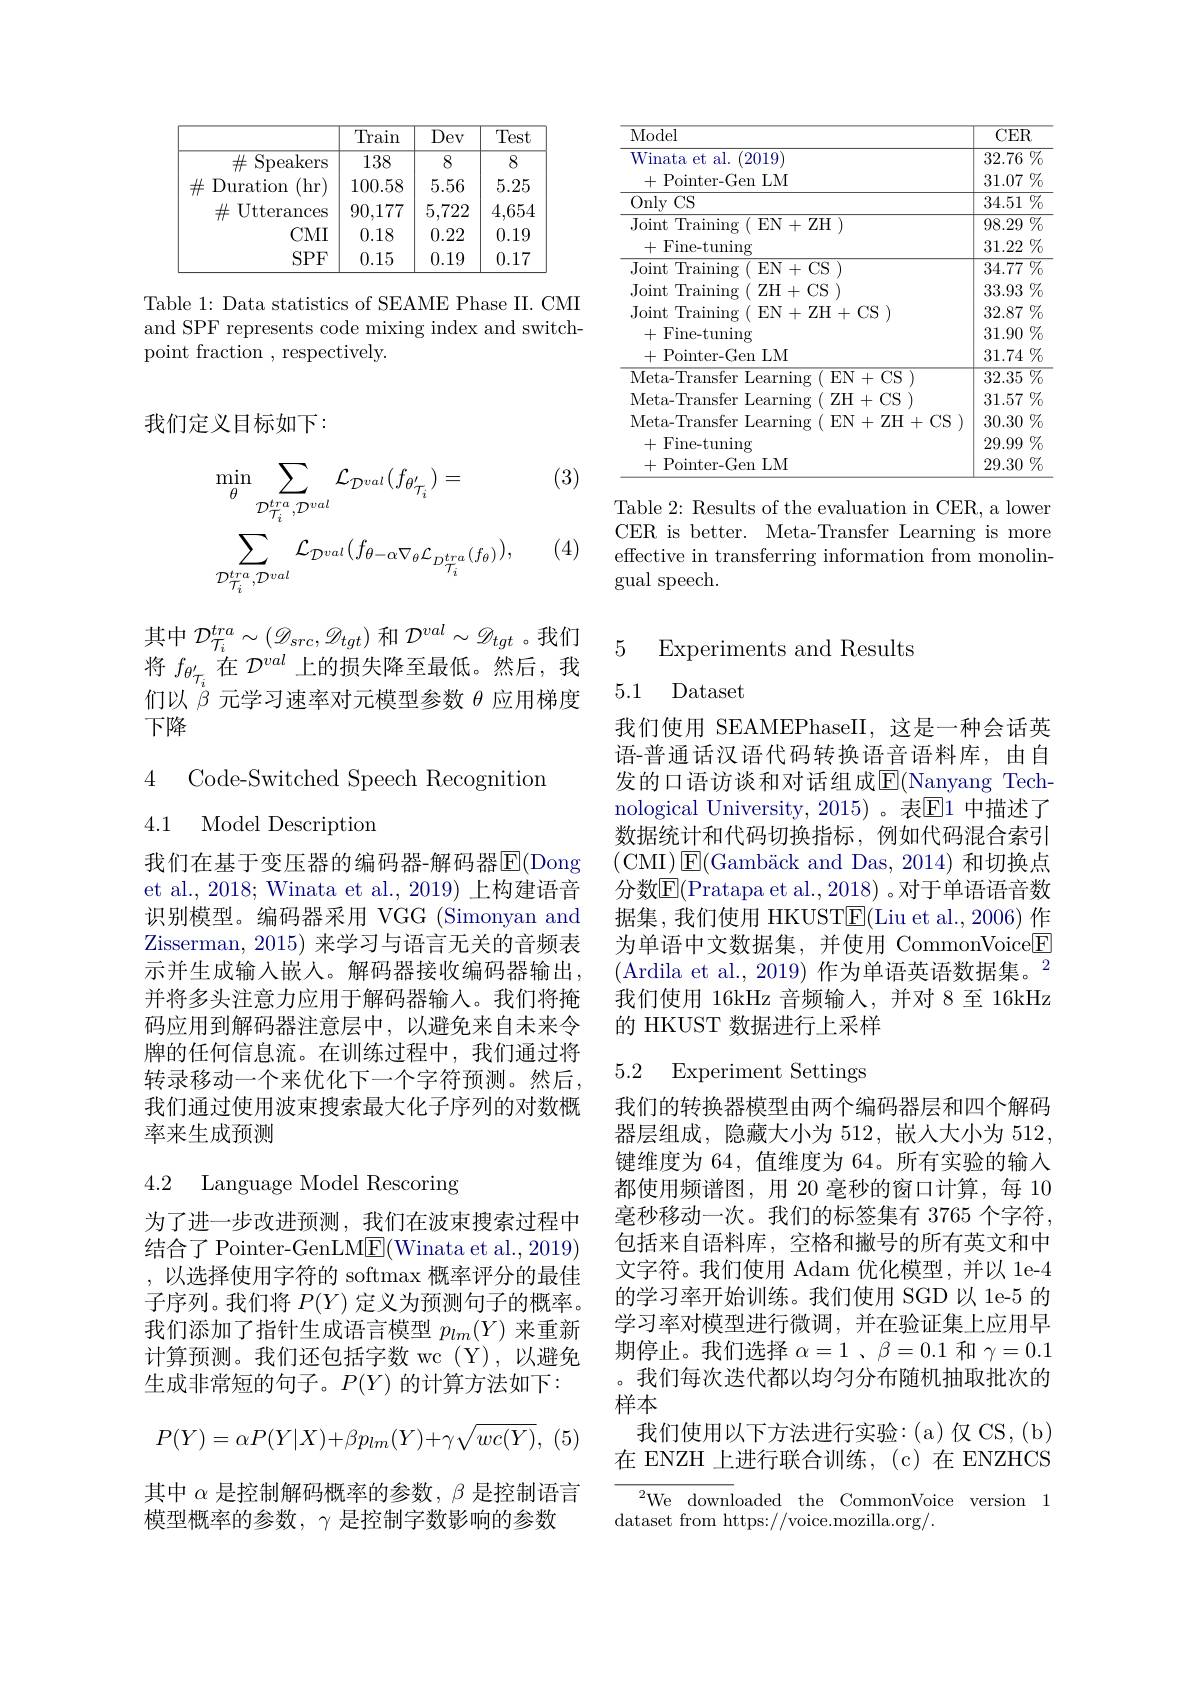
$\begin{array}{cc|c}\hline\text{Train}&\text{Dev}\\\hline\end{array}$
$\boxed{\:\text{Test}}$
$\overline{138}$
8
8
$\#$Speakers
$\#$ Duration (hr)$\begin{array}{c|c}100.58&5.56&5.25\end{array}$
$\#$ Utterances$\begin{array}{c}90,177&5,722&4,654\end{array}$
$CMI$
0.22 0.19
0.18
SPF
0.15
0.19 0.17

Table 1: Data statistics of SEAME Phase II. CMI and SPF represents code mixing index and switchpoint fraction , respectively.

我们定义目标如下：

(3)
$$\begin{aligned}&\operatorname*{min}_{\theta}\sum_{\mathcal{D}_{\mathcal{T}_{i}}^{tra},\mathcal{D}^{val}}\mathcal{L}_{\mathcal{D}^{val}}(f_{\theta_{\mathcal{T}_{i}}^{\prime}})=\\&\sum_{\mathcal{D}_{\mathcal{T}_{i}}^{tra},\mathcal{D}^{val}}\mathcal{L}_{\mathcal{D}^{val}}(f_{\theta-\alpha\nabla_{\theta}\mathcal{L}_{D_{\mathcal{T}_{i}}^{tra}}(f_{\theta})}),\end{aligned}$$
(4)

们以$\beta$元学习速率对元模型参数$\theta$应用梯度
下降

4 Code-Switched Speech Recognition
4.1 Model Description

我们在基于变压器的编码器-解码器$\operatorname{E}(\operatorname{Dong}$ et al., 2018; Winata et al., 2019) 上构建语音识别模型。编码器采用 VGG (Simonyan and Zisserman, 2015) 来学习与语言无关的音频表示并生成输入嵌人。解码器接收编码器输出， 并将多头注意力应用于解码器输入。我们将掩码应用到解码器注意层中，以避免来自未来令牌的任何信息流。在训练过程中，我们通过将转录移动一个来优化下一个字符预测。然后我们通过使用波束搜索最大化子序列的对数概率来生成预测

4.2 Language Model Rescoring

为了进一步改进预测，我们在波束搜索过程中结 合 了 Pointer- GenLME(Winata et al., 2019) ,以选择使用字符的 softmax 概率评分的最佳子序列。我们将$P(Y)$定义为预测句子的概率。我们添加了指针生成语言模型$p_lm(Y)$来重新计算预测。我们还包括字数 wc (Y),以避免生成非常短的句子。$P(Y)$的计算方法如下：
$$P(Y)=\alpha P(Y|X)+\beta p_{lm}(Y)+\gamma\sqrt{wc(Y)},$$
其中$\alpha$是控制解码概率的参数，$\beta$是控制语言
模型概率的参数，$\gamma$是控制字数影响的参数

<table>
	<tbody>
		<tr>
			<th>Model</th>
			<th>$CER$</th>
		</tr>
		<tr>
			<td>Winata et al. (2019) +Pointer-Gen LM</td>
			<td>$\overline{32.76\:\%}$ $31.07\%$</td>
		</tr>
		<tr>
			<td>OnlyCS</td>
			<td>$34.51\%$</td>
		</tr>
		<tr>
			<td>Joint Training ( EN+ ZH ) +Fine-tuning</td>
			<td>${\overline{98.29\%}}$ $31.22\%$</td>
		</tr>
		<tr>
			<td>Joint Trainin $EN$ $\%$ $CS$</td>
			<td>$32.87\%$</td>
		</tr>
		<tr>
			<td>+Fine-tuning</td>
			<td>$31.90\%$</td>
		</tr>
		<tr>
			<td>+Pointer-Gen LM</td>
			<td>$31.74\%$</td>
		</tr>
		<tr>
			<td>Meta- Transfer Learning ( EN+ CS</td>
			<td>$32.35\%$</td>
		</tr>
		<tr>
			<td>Meta- Transfer Learning ( ZH+ CS ) </td>
			<td>31.57 $\%$</td>
		</tr>
		<tr>
			<td>Meta- Transfer Learning ( EN+ ZH+ CS ) </td>
			<td>$30.30\%$</td>
		</tr>
		<tr>
			<td>+Fine-tuning</td>
			<td>$29.99\%$</td>
		</tr>
		<tr>
			<td>Gen LM $+Poin1$</td>
			<td>$29.30\%$</td>
		</tr>
	</tbody>
</table>
Table 2: Results of the evaluation in CER, a lower

CER is better. Meta-Transfer Learning is more effective in transferring information from monolingual speech.

其 中 $\mathcal{D} _{T_i}^{tra}\sim ( \mathscr{D} _{src}, \mathscr{D} _{tgt})$ 和 $\mathcal{D} ^{val}\sim \mathscr{D} _{tgt}$ 。我 们 5 Experiments and Results 将 $f_{\theta _{T_i}^{\prime }}$ 在 $\mathcal{D} ^{val}$ 上 的 损 失 降 至 最 低 。然 后 , 我 -1 D

## 5.1 Dataset

我们使用 SEAMEPhaseII,这是一种会话英语-普通话汉语代码转换语音语料库，由自发的口语访谈和对话组成$\overline{\mathrm{E}}($Nanyang Technological University, 2015)。表$\mathbb{E}$1 中描述了数据统计和代码切换指标，例如代码混合索引(CMI)E$( \text{Gamb\" {a}ckandDas, 2014) 和 切 换 点 }$ 分数$\overline{\mathrm{E}}($Pratapa et al.,2018) 。对于单语语音数据集，我们使用 HKUST$\overline{\mathrm{E}}($Liu et al.,2006) 作为单语中文数据集，并使用 CommonVoice$\boxed{\mathrm{F}}$ (Ardila et al., 2019)作为单语英语数据集。$^2$ 我们使用 16kHz 音频输入，并对8至 16kHz 的 HKUST 数据进行上采样

# 5.2 Experiment Settings

我们的转换器模型由两个编码器层和四个解码器层组成，隐藏大小为 512, 嵌人大小为 512, 键维度为 64, 值维度为 64。所有实验的输入都使用频谱图，用 20 毫秒的窗口计算，每 10毫秒移动一次。我们的标签集有 3765 个字符， 包括来自语料库，空格和撇号的所有英文和中文字符。我们使用 Adam 优化模型，并以 1e-4的学习率开始训练。我们使用 SGD 以 1e-5 的学习率对模型进行微调，并在验证集上应用早期停止。我们选择$\alpha = 1$ , $\beta = 0. 1$和$\gamma=0.1$ 。我们每次迭代都以均匀分布随机抽取批次的样本
我们使用以下方法进行实验：(a)仅CS，(b) 在 ENZH 上进行联合训练，(c)在 ENZHCS

${\overline{{\mathrm{We}\:\mathrm{down}}}}$loaded the CommonVoice version 1
dataset from https://voice.mozilla.org/.